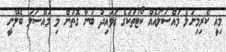
މިއީ ކްރިމިނަލް މައްސަލައެއް ކޯޓުތަކުގެ ގަވައިދު ބުނާ ގޮތުން މި މައްސަލަ ބެލޭނީ